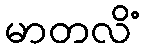
မာတလိံ